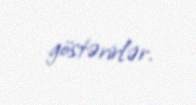
göstərirlər.